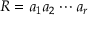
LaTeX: R = a _ { 1 } a _ { 2 } \cdots a _ { r }